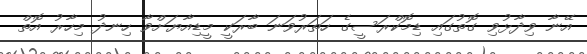
އޭނާ ވިދާޅުވި ގޮތުގައި ޑިމޮކްރަސީގެ ހަތަރުވަނަ ބާރަކީ މީޑިއާޔަށްވާ ހިނދު މިހާރު އޮތް